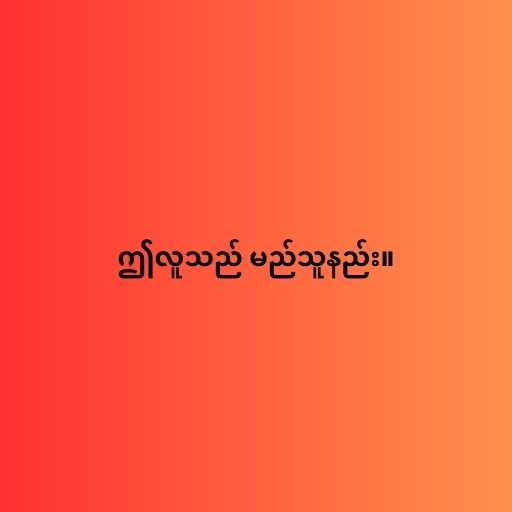
ဤလူသည် မည်သူနည်း။